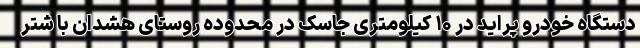
دستگاه خودرو پراید در ۱۰ کیلومتری جاسک در محدوده روستای هشدان با شتر